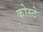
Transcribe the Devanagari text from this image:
कोस्टे